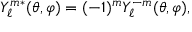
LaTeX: Y _ { \ell } ^ { m } { } ^ { * } ( \theta , \varphi ) = ( - 1 ) ^ { m } Y _ { \ell } ^ { - m } ( \theta , \varphi ) ,